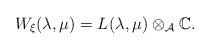
LaTeX: \begin{align*} W_\xi(\lambda,\mu) = L^{}(\lambda,\mu)\otimes_{\mathcal{A}}\mathbb{C}.\end{align*}